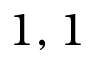
1 , 1